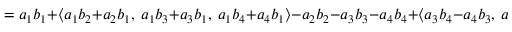
\qquad = a _ { 1 } b _ { 1 } + \langle a _ { 1 } b _ { 2 } + a _ { 2 } b _ { 1 } , \ a _ { 1 } b _ { 3 } + a _ { 3 } b _ { 1 } , \ a _ { 1 } b _ { 4 } + a _ { 4 } b _ { 1 } \rangle - a _ { 2 } b _ { 2 } - a _ { 3 } b _ { 3 } - a _ { 4 } b _ { 4 } + \langle a _ { 3 } b _ { 4 } - a _ { 4 } b _ { 3 } , \ a _ { 4 } b _ { 2 } - a _ { 2 } b _ { 4 } , \ a _ { 2 } b _ { 3 } - a _ { 3 } b _ { 2 } \rangle